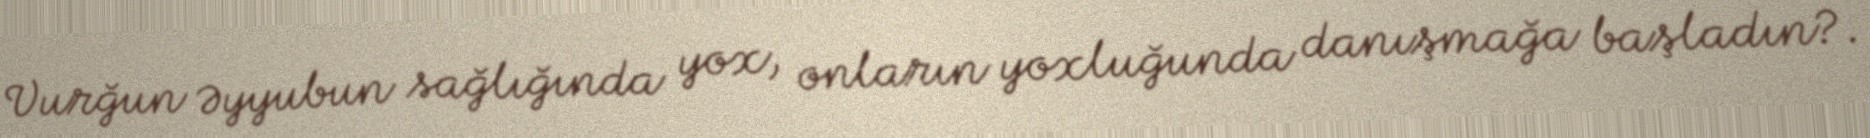
Vurğun Əyyubun sağlığında yox, onların yoxluğunda danışmağa başladın?.